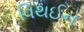
વિથઈન